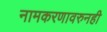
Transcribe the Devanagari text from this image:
नामकरणावरुनही